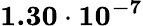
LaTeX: \mathbf{1.30\cdot 10^{-7}}